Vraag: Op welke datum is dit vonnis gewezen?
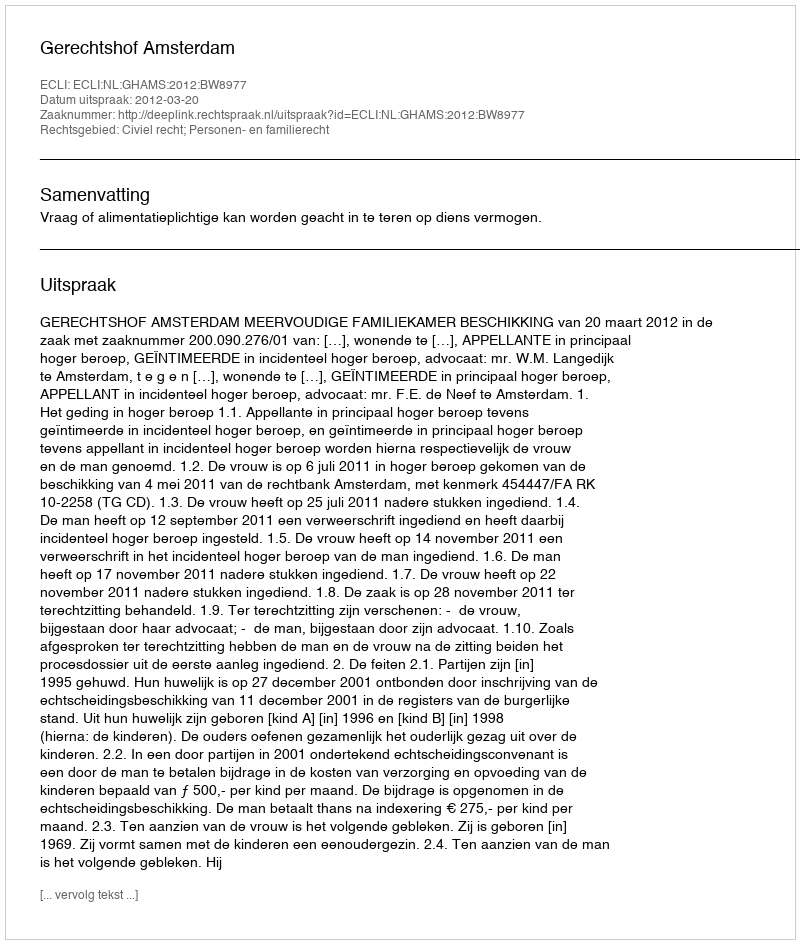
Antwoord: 2012-03-20